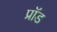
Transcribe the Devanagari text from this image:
प्रॉड